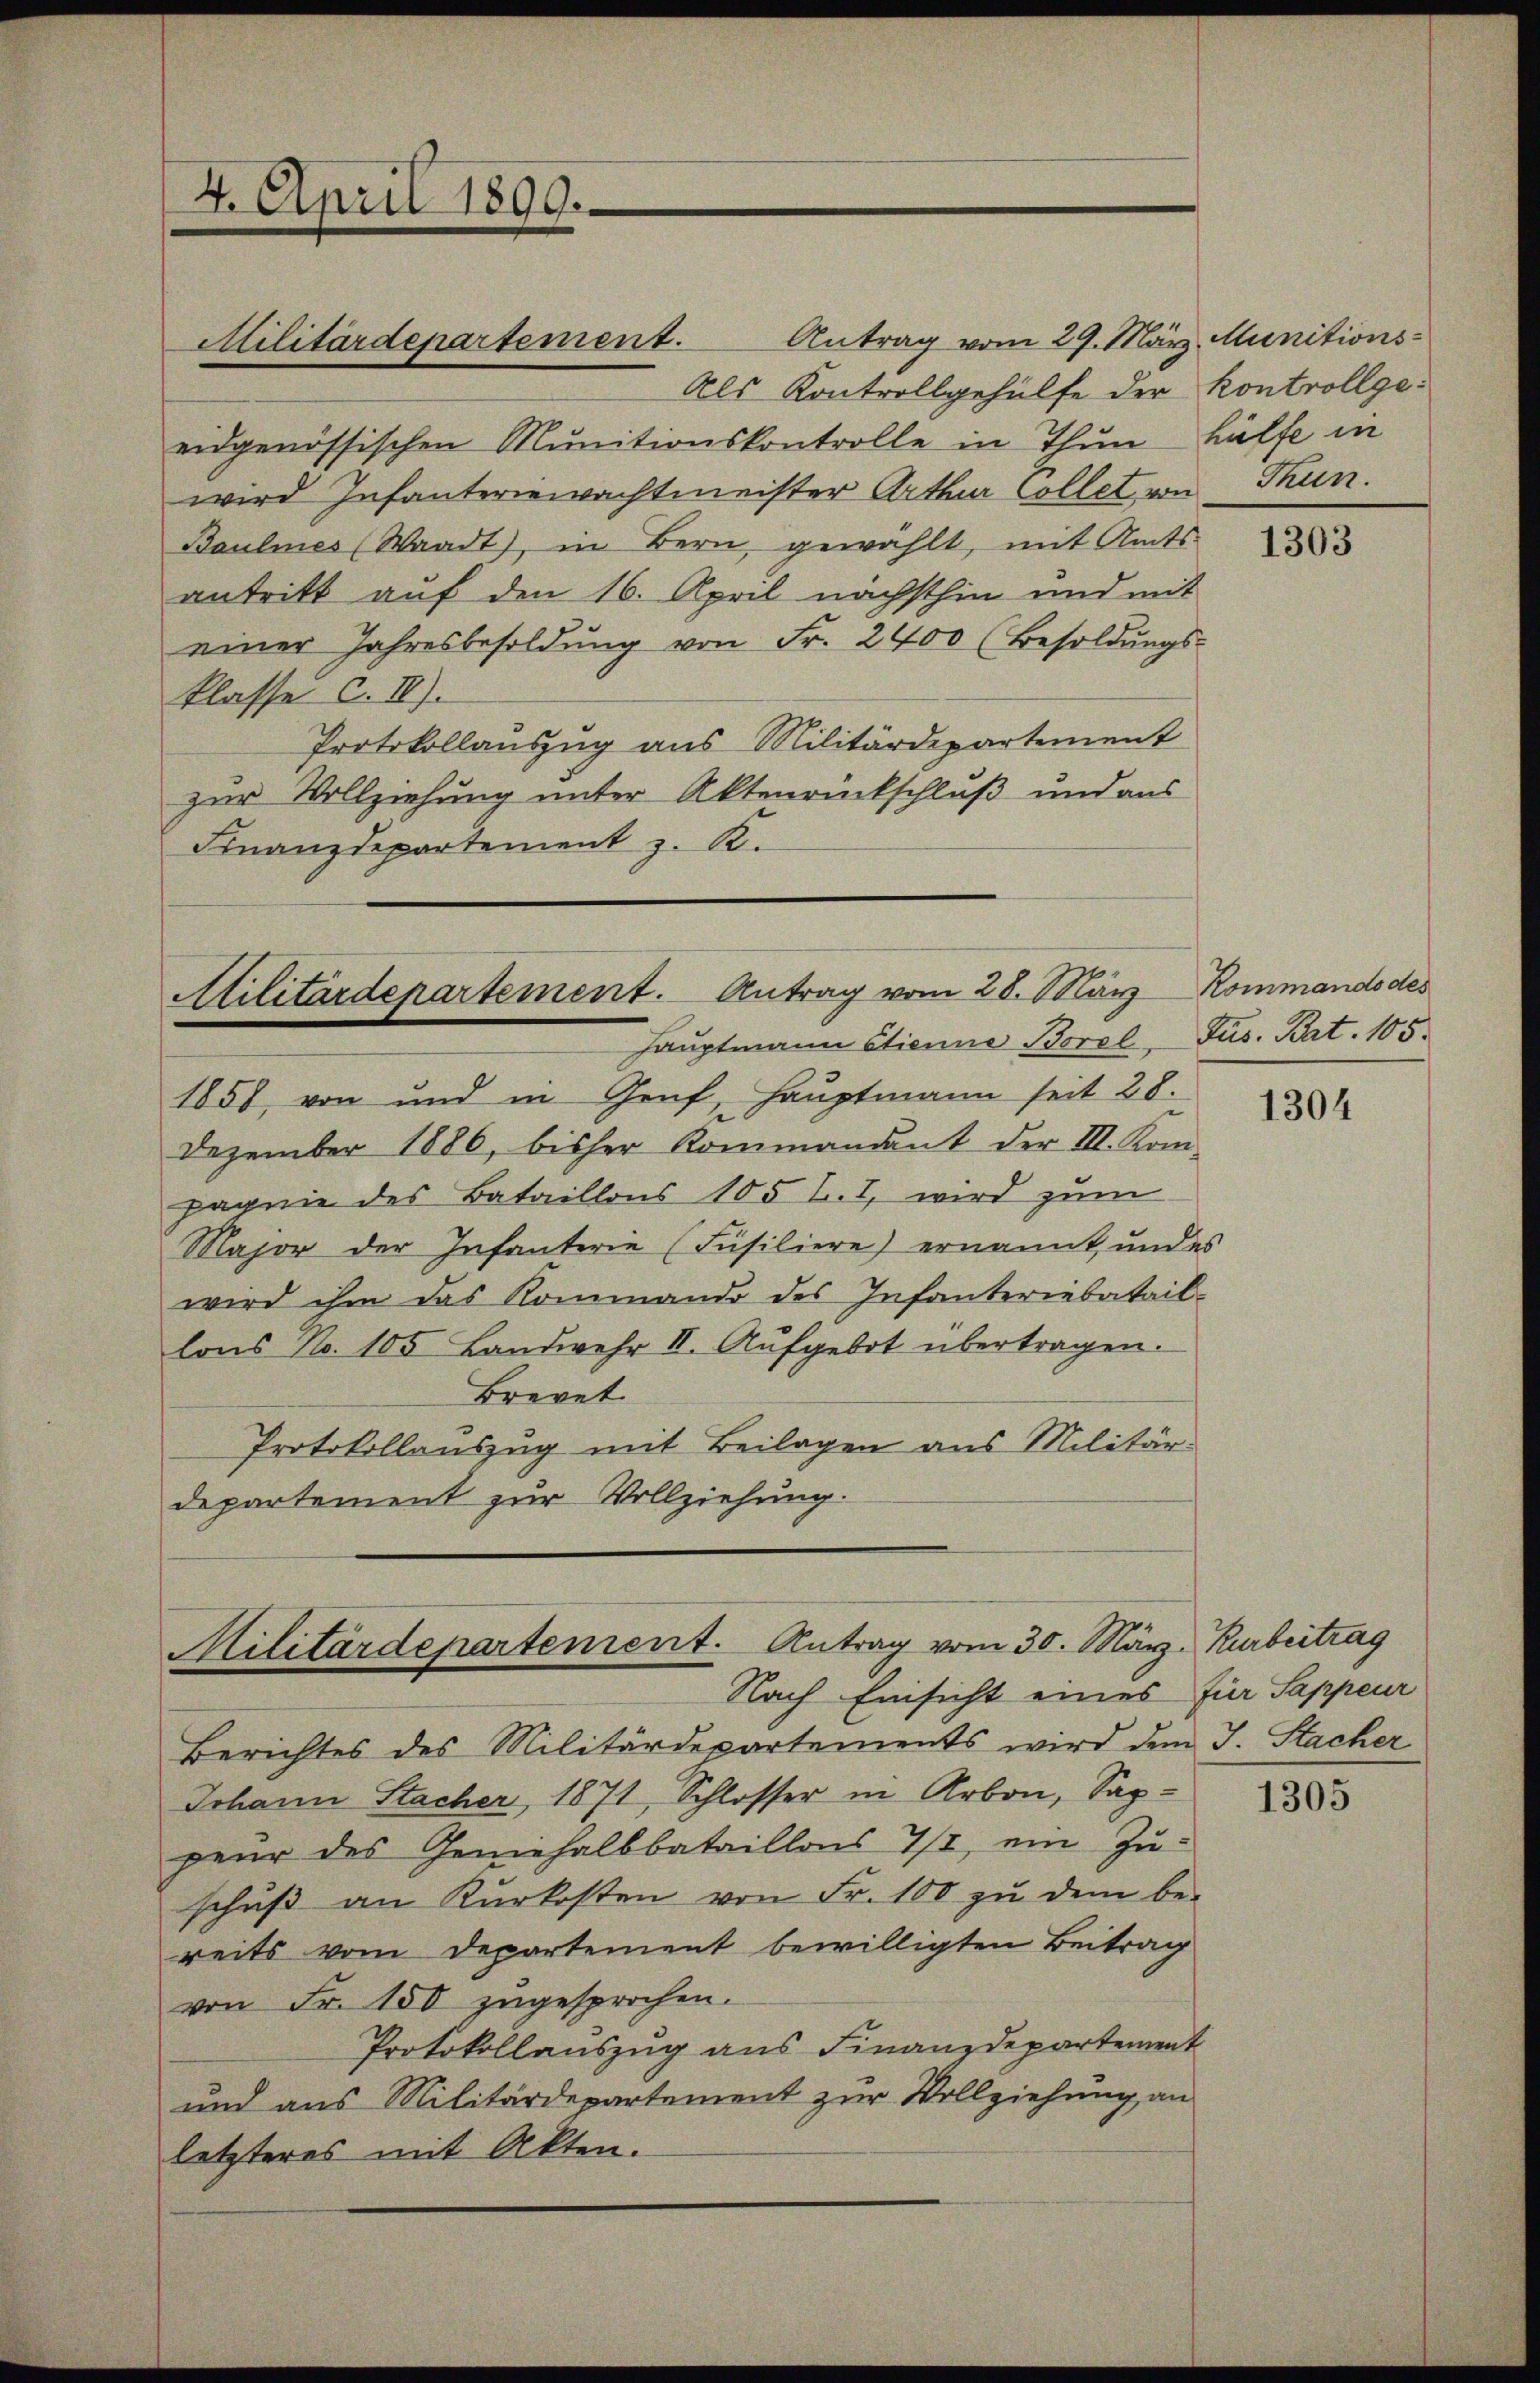
4. April 1899.

Antrag vom 29. März. Munitions¬
Als Kontrollgehülfe der Kontrollgeeidgenössischen Munitionskontrolle in Thun Hülfe in
wird Infanteriewachtmeister Arthur Collet von Thun.
Baulines (Waadt, in Bern gewählt, mit Amts-
antritt auf den 16. April nächsthin und mit
einer Jahresbesoldung von Fr. 2400 (Besoldungs-
klasse C. II).
Protokollauszug aus Militärdepartement
zur Vollziehung unter Aktenrückschluß und aus
Finanzdepartement z. R.

Militärdepartement.

1857 von und in Genf, Hauptmann seit 28.
Dezember 1886, bisher Kommandant der III. Kom-
pagnie des Bataillons 105 f. I, wird zum
Major der Infanterie (Füsiliere) ernannt, und es
wird ihm das Rommando des Infanteriebatail-
lons No. 105 Landwehr III. Aŭfgebot übertragen.
Brevet
Protokollauszug mit Beilagen aus Militär-
departement zur Vollziehung.

Militärdepartement. Antrag vom 28. März Kommands des
Hauptmann Stienne Borel,

Militärdepartement. Antrag vom 30. März. Kurbertrag
Nach Einsicht eines für Sappeur

Berichtes des Militärdepartements wird dem J. Stacher
Johann Stacher, 1871, Schlosser in Arbon, Sappeur des Geniehalbbataillons 7/8 ein Zu-
schuß an Kurkosten von Fr. 100 zu dem be-
reits vom Departement bewilligten Beitrag
von Fr. 150 zugesprochen.
Protokollauszug aus Finanzdepartement
und aus Militärdepartement zur Vollziehung an
letzteres mit Akten.

1303

Jus. Bat. 105.

1304

1305